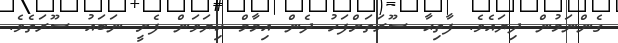
ގެންނަމުން ދިޔައެވެ. ފާތިޙާ ސޫރަތަށްފަހު ދެން އިމާމް ކިޔަވަން ފެށީ ނަބައު ސޫރަތެވެ.